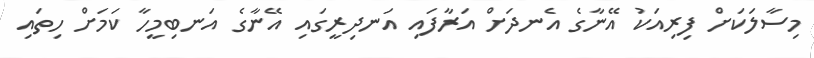
މިސާލަކަށް ފިރިއަކު އޭނާގެ އެނދަށް އަރާފައި އަނދިރީގައި އޭނާގެ އަނބިމީހާ ކަމަށް ހިތައި